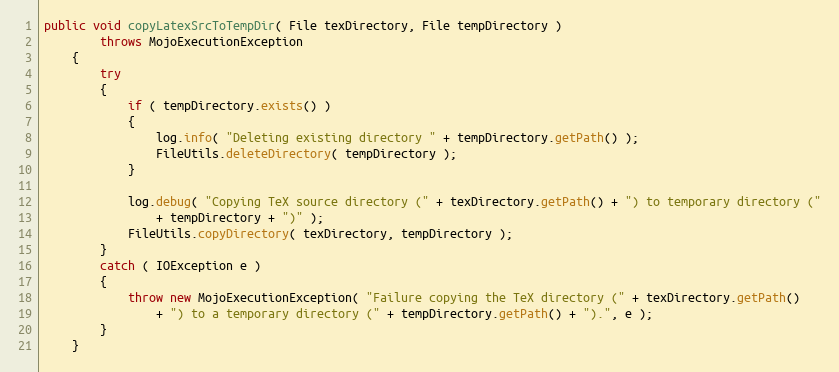
Language: Java
public void copyLatexSrcToTempDir( File texDirectory, File tempDirectory )
        throws MojoExecutionException
    {
        try
        {
            if ( tempDirectory.exists() )
            {
                log.info( "Deleting existing directory " + tempDirectory.getPath() );
                FileUtils.deleteDirectory( tempDirectory );
            }

            log.debug( "Copying TeX source directory (" + texDirectory.getPath() + ") to temporary directory ("
                + tempDirectory + ")" );
            FileUtils.copyDirectory( texDirectory, tempDirectory );
        }
        catch ( IOException e )
        {
            throw new MojoExecutionException( "Failure copying the TeX directory (" + texDirectory.getPath()
                + ") to a temporary directory (" + tempDirectory.getPath() + ").", e );
        }
    }